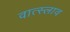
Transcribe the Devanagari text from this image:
वात्स्लाव